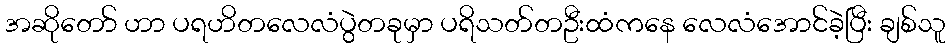
အဆိုတော် ဟာ ပရဟိတလေလံပွဲတခုမှာ ပရိသတ်တဦးထံကနေ လေလံအောင်ခဲ့ပြီး ချစ်သူ